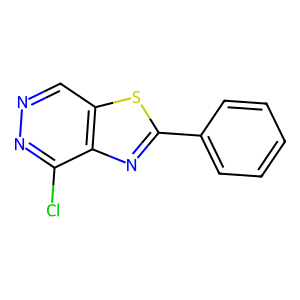
SMILES: Clc1nncc2sc(-c3ccccc3)nc12
Inhibits HIV replication: No